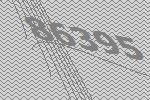
86395